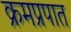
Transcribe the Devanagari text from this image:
क्रमप्रपात